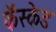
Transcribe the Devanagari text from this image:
कॅस्केड